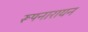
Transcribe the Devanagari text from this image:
रूपनारायन